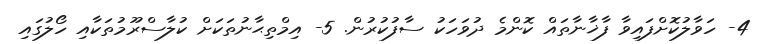
4- ހަވާލުކޮށްފައިވާ ފާޚާނާތައް ކޮންމެ ދުވަހަކު ސާފުކުރުން. 5- އިމްތިޙާނުތަކަށް ކުލާސްރޫމުތަކާއި ހޯލުގައި